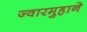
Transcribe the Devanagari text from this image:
ज्वारमुहाने